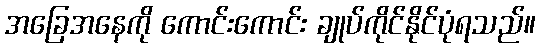
အခြေအနေကို ကောင်းကောင်း ချုပ်ကိုင်နိုင်ပုံရသည်။